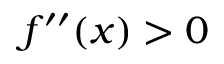
f ^ { \prime \prime } ( x ) > 0